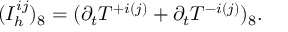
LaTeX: ( I _ { h } ^ { i j } ) _ { 8 } = ( \partial _ { t } T ^ { + i ( j ) } + \partial _ { t } T ^ { - i ( j ) } ) _ { 8 } .